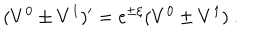
( V ^ { 0 } \pm V ^ { 1 } ) ^ { \prime } = \mathrm { e } ^ { \pm \xi } ( V ^ { 0 } \pm V ^ { 1 } ) \ .